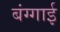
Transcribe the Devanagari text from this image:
बंग्गाई